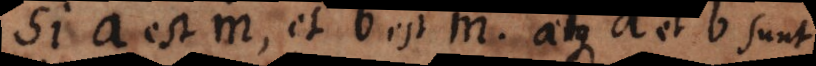
Si a est m, et b est m, atque a et b sunt